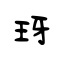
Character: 玡